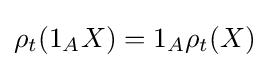
\rho _{t}(1_{A}X)=1_{A}\rho _{t}(X)